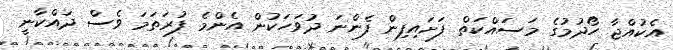
އެކުއްޖާ ހޯދުމުގެ މަސައްކަތް ފަށައިފިން ފެންނަ ދުވަހަކުން އެންމެ ފުރަތަމަ ވެސް ދައްކާނީ